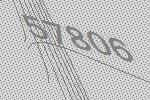
57806